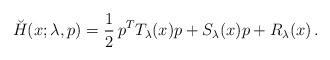
LaTeX: \begin{align*} \breve H(x;\lambda,p)=\frac{1}{2}\,p^TT_\lambda(x)p+S_\lambda(x)p+R_\lambda(x)\,.\end{align*}